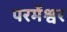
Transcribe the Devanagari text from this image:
परमेंश्वर